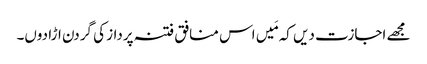
مجھے اجازت دیں کہ مَیں اس منافق فتنہ پرداز کی گردن اڑا دوں۔